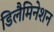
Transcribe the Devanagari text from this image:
डिलैमिनेशन